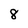
Character: 8